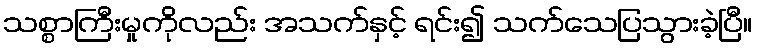
သစ္စာကြီးမှုကိုလည်း အသက်နှင့် ရင်း၍ သက်သေပြသွားခဲ့ပြီ။